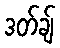
ဒတ်ချ်